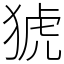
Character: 猇